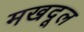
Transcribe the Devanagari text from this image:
मखदूल